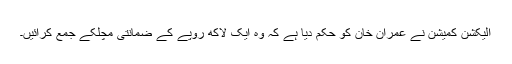
الیکشن کمیشن نے عمران خان کو حکم دیا ہے کہ وہ ایک لاکھ روپے کے ضمانتی مچلکے جمع کرائیں۔